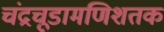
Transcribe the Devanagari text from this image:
चंद्रचूडामणिशतक